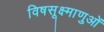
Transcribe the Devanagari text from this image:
विषसूक्ष्माणुओं